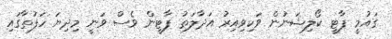
ގައުމީ ޕާޓީ ކޯލިޝަނުން ވަކިވިއިރު އަދާލަތު ޕާޓީން ވެސް ވަނީ މިދިޔަ ހަފުތާގައި